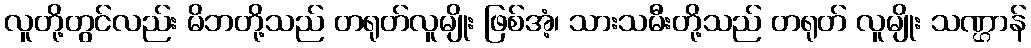
လူတို့တွင်လည်း မိဘတို့သည် တရုတ်လူမျိုး ဖြစ်အံ့၊ သားသမီးတို့သည် တရုတ် လူမျိုး သဏ္ဌာန်